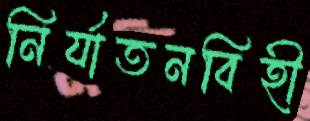
নির্যাতনবিহী